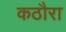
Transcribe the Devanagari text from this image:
कठौरा